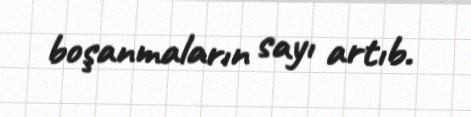
boşanmaların sayı artıb.